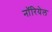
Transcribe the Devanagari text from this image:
नॉरियेल